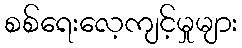
စစ်ရေးလေ့ကျင့်မှုများ